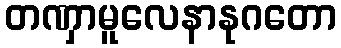
တဏှာမူလေနာနုဂတော